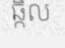
ឆ្កិល